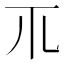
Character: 𥘅